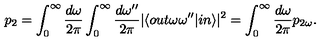
p _ { 2 } = \int _ { 0 } ^ { \infty } \frac { d \omega } { 2 \pi } \int _ { 0 } ^ { \infty } \frac { d \omega ^ { \prime \prime } } { 2 \pi } \vert \langle o u t \omega \omega ^ { \prime \prime } \vert i n \rangle \vert ^ { 2 } = \int _ { 0 } ^ { \infty } \frac { d \omega } { 2 \pi } p _ { 2 \omega } .